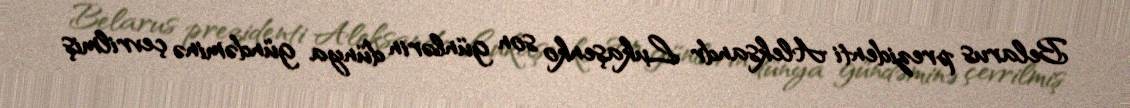
Belarus prezidenti Aleksandr Lukaşenko son günlərin dünya gündəminə çevrilmiş